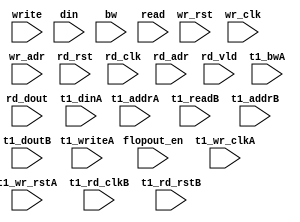
module algo_1r1w_b711_sva_wrap
#(parameter IP_WIDTH = 32, parameter IP_BITWIDTH = 5, parameter IP_DECCBITS = 7, parameter IP_NUMADDR = 8192, parameter IP_BITADDR = 13, 
parameter IP_NUMVBNK = 4,	parameter IP_BITVBNK = 2, parameter IP_BITPBNK = 3,
parameter IP_ENAECC = 0, parameter IP_ENAPAR = 0, parameter IP_SECCBITS = 4, parameter IP_SECCDWIDTH = 3, 
parameter FLOPECC = 0, parameter FLOPIN = 0, parameter FLOPOUT = 0, parameter FLOPCMD = 0, parameter FLOPMEM = 0,

parameter T1_WIDTH = 64, parameter T1_NUMVBNK = 1, parameter T1_BITVBNK = 1, parameter T1_DELAY = 1,
parameter T1_BITWSPF = 0, parameter T1_NUMWRDS = 1, parameter T1_BITWRDS = 1,  parameter T1_NUMSROW = 4096, parameter T1_BITSROW = 12, parameter T1_PHYWDTH = 128,
parameter T1_NUMVROW = 8192, parameter T1_BITVROW = 13
)

(wr_rst, write, wr_clk, wr_adr, din, bw, read, rd_rst, rd_clk, rd_adr, rd_dout, rd_vld, flopout_en,
 t1_writeA, t1_wr_clkA, t1_wr_rstA, t1_addrA, t1_dinA, t1_bwA, t1_readB, t1_rd_clkB, t1_rd_rstB, t1_addrB, t1_doutB);

  parameter WIDTH = IP_WIDTH;
  parameter BITWDTH = IP_BITWIDTH;
  parameter ENAPAR = IP_ENAPAR;
  parameter ENAECC = IP_ENAECC;
  parameter ECCWDTH = IP_DECCBITS;
  parameter NUMRDPT = 1;
  parameter NUMADDR = IP_NUMADDR;
  parameter BITADDR = IP_BITADDR;
  parameter NUMVROW = T1_NUMVROW;
  parameter BITVROW = T1_BITVROW;
  parameter NUMVBNK = IP_NUMVBNK;
  parameter BITVBNK = IP_BITVBNK;
  parameter SRAM_DELAY = T1_DELAY;
  parameter NUMWRDS = T1_NUMWRDS;      // ALIGN Parameters
  parameter BITWRDS = T1_BITWRDS;
  parameter NUMSROW = T1_NUMSROW;
  parameter BITSROW = T1_BITSROW;      
  parameter PHYWDTH = T1_PHYWDTH;
  parameter BITPADR = BITVBNK+BITSROW+BITWRDS+1;
  parameter FLOPWTH = FLOPOUT>0?FLOPOUT:1;

  input                                            write;
  input                                            wr_clk;
  input                                            wr_rst;
  input [BITADDR-1:0]                              wr_adr;
  input [WIDTH-1:0]                                din;
  input [WIDTH-1:0]                                bw;

  input [NUMRDPT-1:0]                              read;
  input                                            rd_clk;
  input                                            rd_rst;
  input [NUMRDPT*BITADDR-1:0]                      rd_adr;
  input [NUMRDPT-1:0]                             rd_vld;
  input [NUMRDPT*WIDTH-1:0]                       rd_dout;

  input [FLOPWTH-1:0]                             flopout_en;

  input [NUMRDPT*NUMVBNK-1:0]                     t1_writeA;
  input [NUMRDPT*NUMVBNK*BITSROW-1:0]   		   t1_addrA;
  input [NUMRDPT*NUMVBNK*PHYWDTH-1:0]             t1_dinA;
  input [NUMRDPT*NUMVBNK*PHYWDTH-1:0]             t1_bwA;
  input [NUMRDPT*NUMVBNK-1:0]                     t1_wr_clkA;
  input [NUMRDPT*NUMVBNK-1:0]                     t1_wr_rstA;
  input [NUMRDPT*NUMVBNK-1:0]                     t1_rd_clkB;
  input [NUMRDPT*NUMVBNK-1:0]                     t1_rd_rstB;

  input [NUMRDPT*NUMVBNK-1:0]                     t1_readB;
  input [NUMRDPT*NUMVBNK*BITSROW-1:0]   		   t1_addrB;
  input  [NUMRDPT*NUMVBNK*PHYWDTH-1:0]             t1_doutB;
  
endmodule    //algo_1r1w_b711_sva_wrap